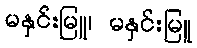
မနှင်းမြူ၊ မနှင်းမြူ